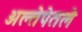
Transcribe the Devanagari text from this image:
अल्तेपेतले